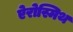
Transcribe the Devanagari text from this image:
ऐरोस्मिथ